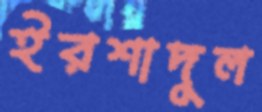
ইরশাদুল